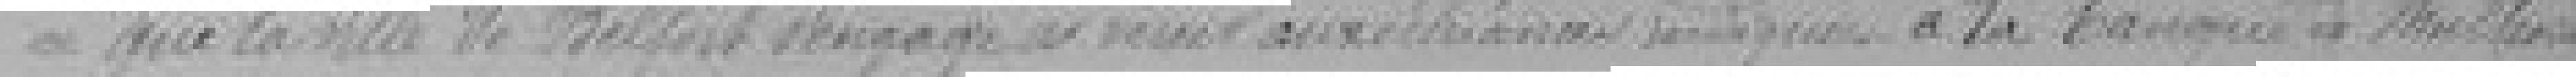
que la ville de Belfort s'engage à verser aux échéances   à la banque de Mulhouse